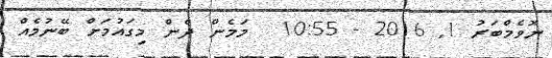
ނޮވެމްބަރު 1